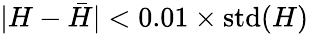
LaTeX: |H-\bar{H}|<0.01\times\mathrm{std}(H)